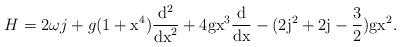
LaTeX: \begin{align*}H = 2 \omega j + g (1+\rm x^4) \frac{\rm d^2}{\rm {dx}^2} + 4g\rm x^3 \frac{\rm d}{\rm {dx}} - (2j^2+2j-\frac{3}{2}) g \rm x^2.\end{align*}